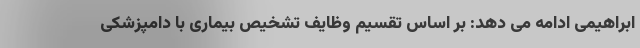
ابراهیمی ادامه می دهد: بر اساس تقسیم وظایف تشخیص بیماری با دامپزشکی